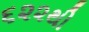
૬૨૨થી